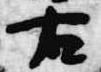
右